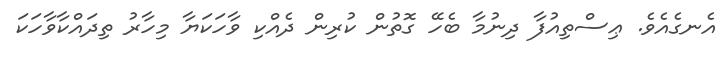
އެނގެއެވެ. ޢިސްތިއުފާ ދިނުމާ ބެހޭ ގޮތުން ކުރިން ދެއްކި ވާހަކަޔާ މިހާރު ތިދައްކާވާހަކަ